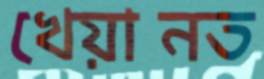
খেয়ানত